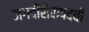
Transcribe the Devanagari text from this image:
जगदीशैकपदवीं